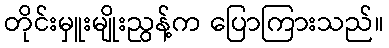
တိုင်းမှူးမျိုးညွန့်က ပြောကြားသည်။